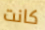
كانت